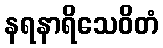
နရနာရိသေဝိတံ